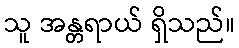
သူ အန္တရာယ် ရှိသည်။